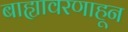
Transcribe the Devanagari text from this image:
बाह्यावरणाहून